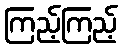
ကြည့်ကြည့်